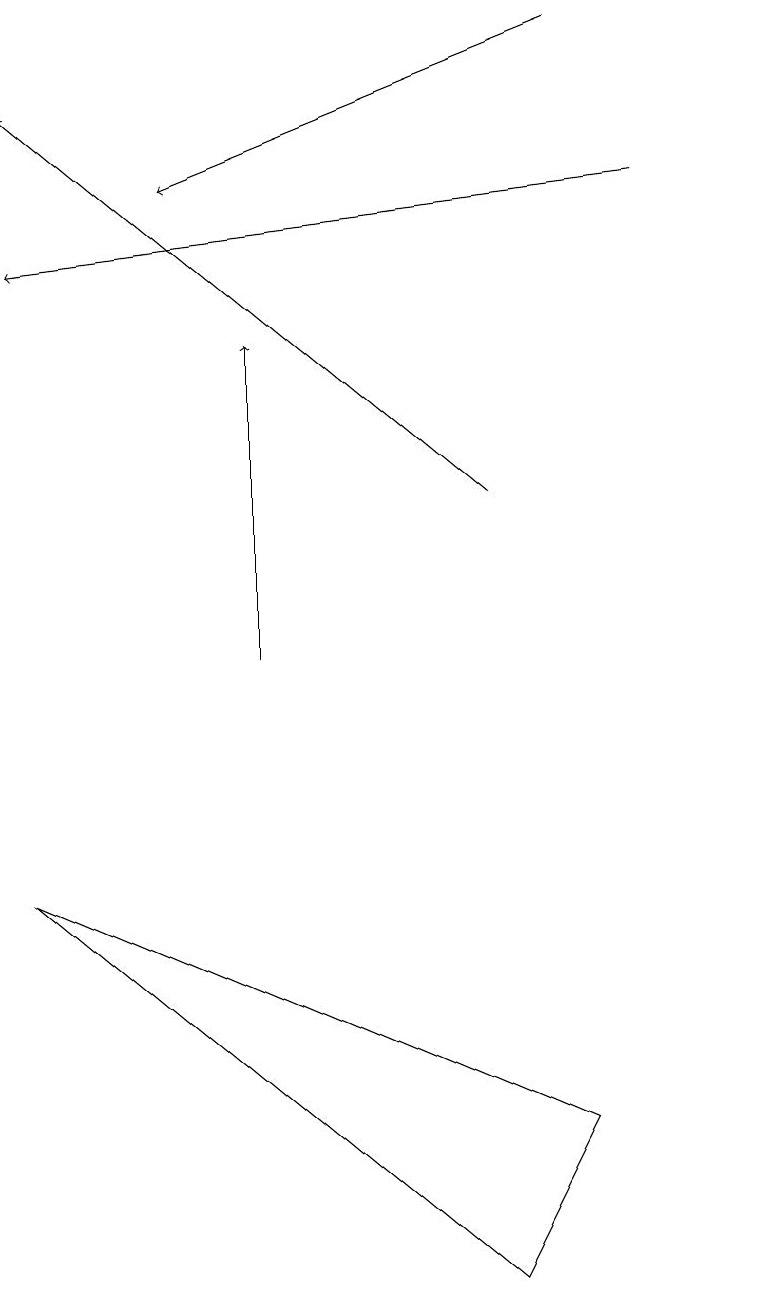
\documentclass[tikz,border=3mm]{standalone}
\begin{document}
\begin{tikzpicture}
\draw (8,4) -- (7,2) -- (1,7) -- cycle;
\draw (10,10) circle (0);
\draw[->] (7,12) -- (1,17);
\draw[->] (9,16) -- (1,15);
\draw[->] (8,18) -- (3,16);
\draw[->] (4,10) -- (4,14);
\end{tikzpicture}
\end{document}